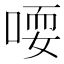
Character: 𫪱